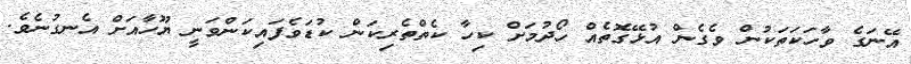
އޭނަގެ ވާހަކަތަކުން ވެގެން އުޅޭގޮތެއް ހޯދުމަށް ކިހާ ކެތްތެރިކަން ކުޑަވެފައިކަންވަނީ ޔޫހާއަށް އެނގުނެވެ.